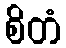
စိတံ